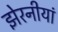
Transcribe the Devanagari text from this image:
झेरनीयां